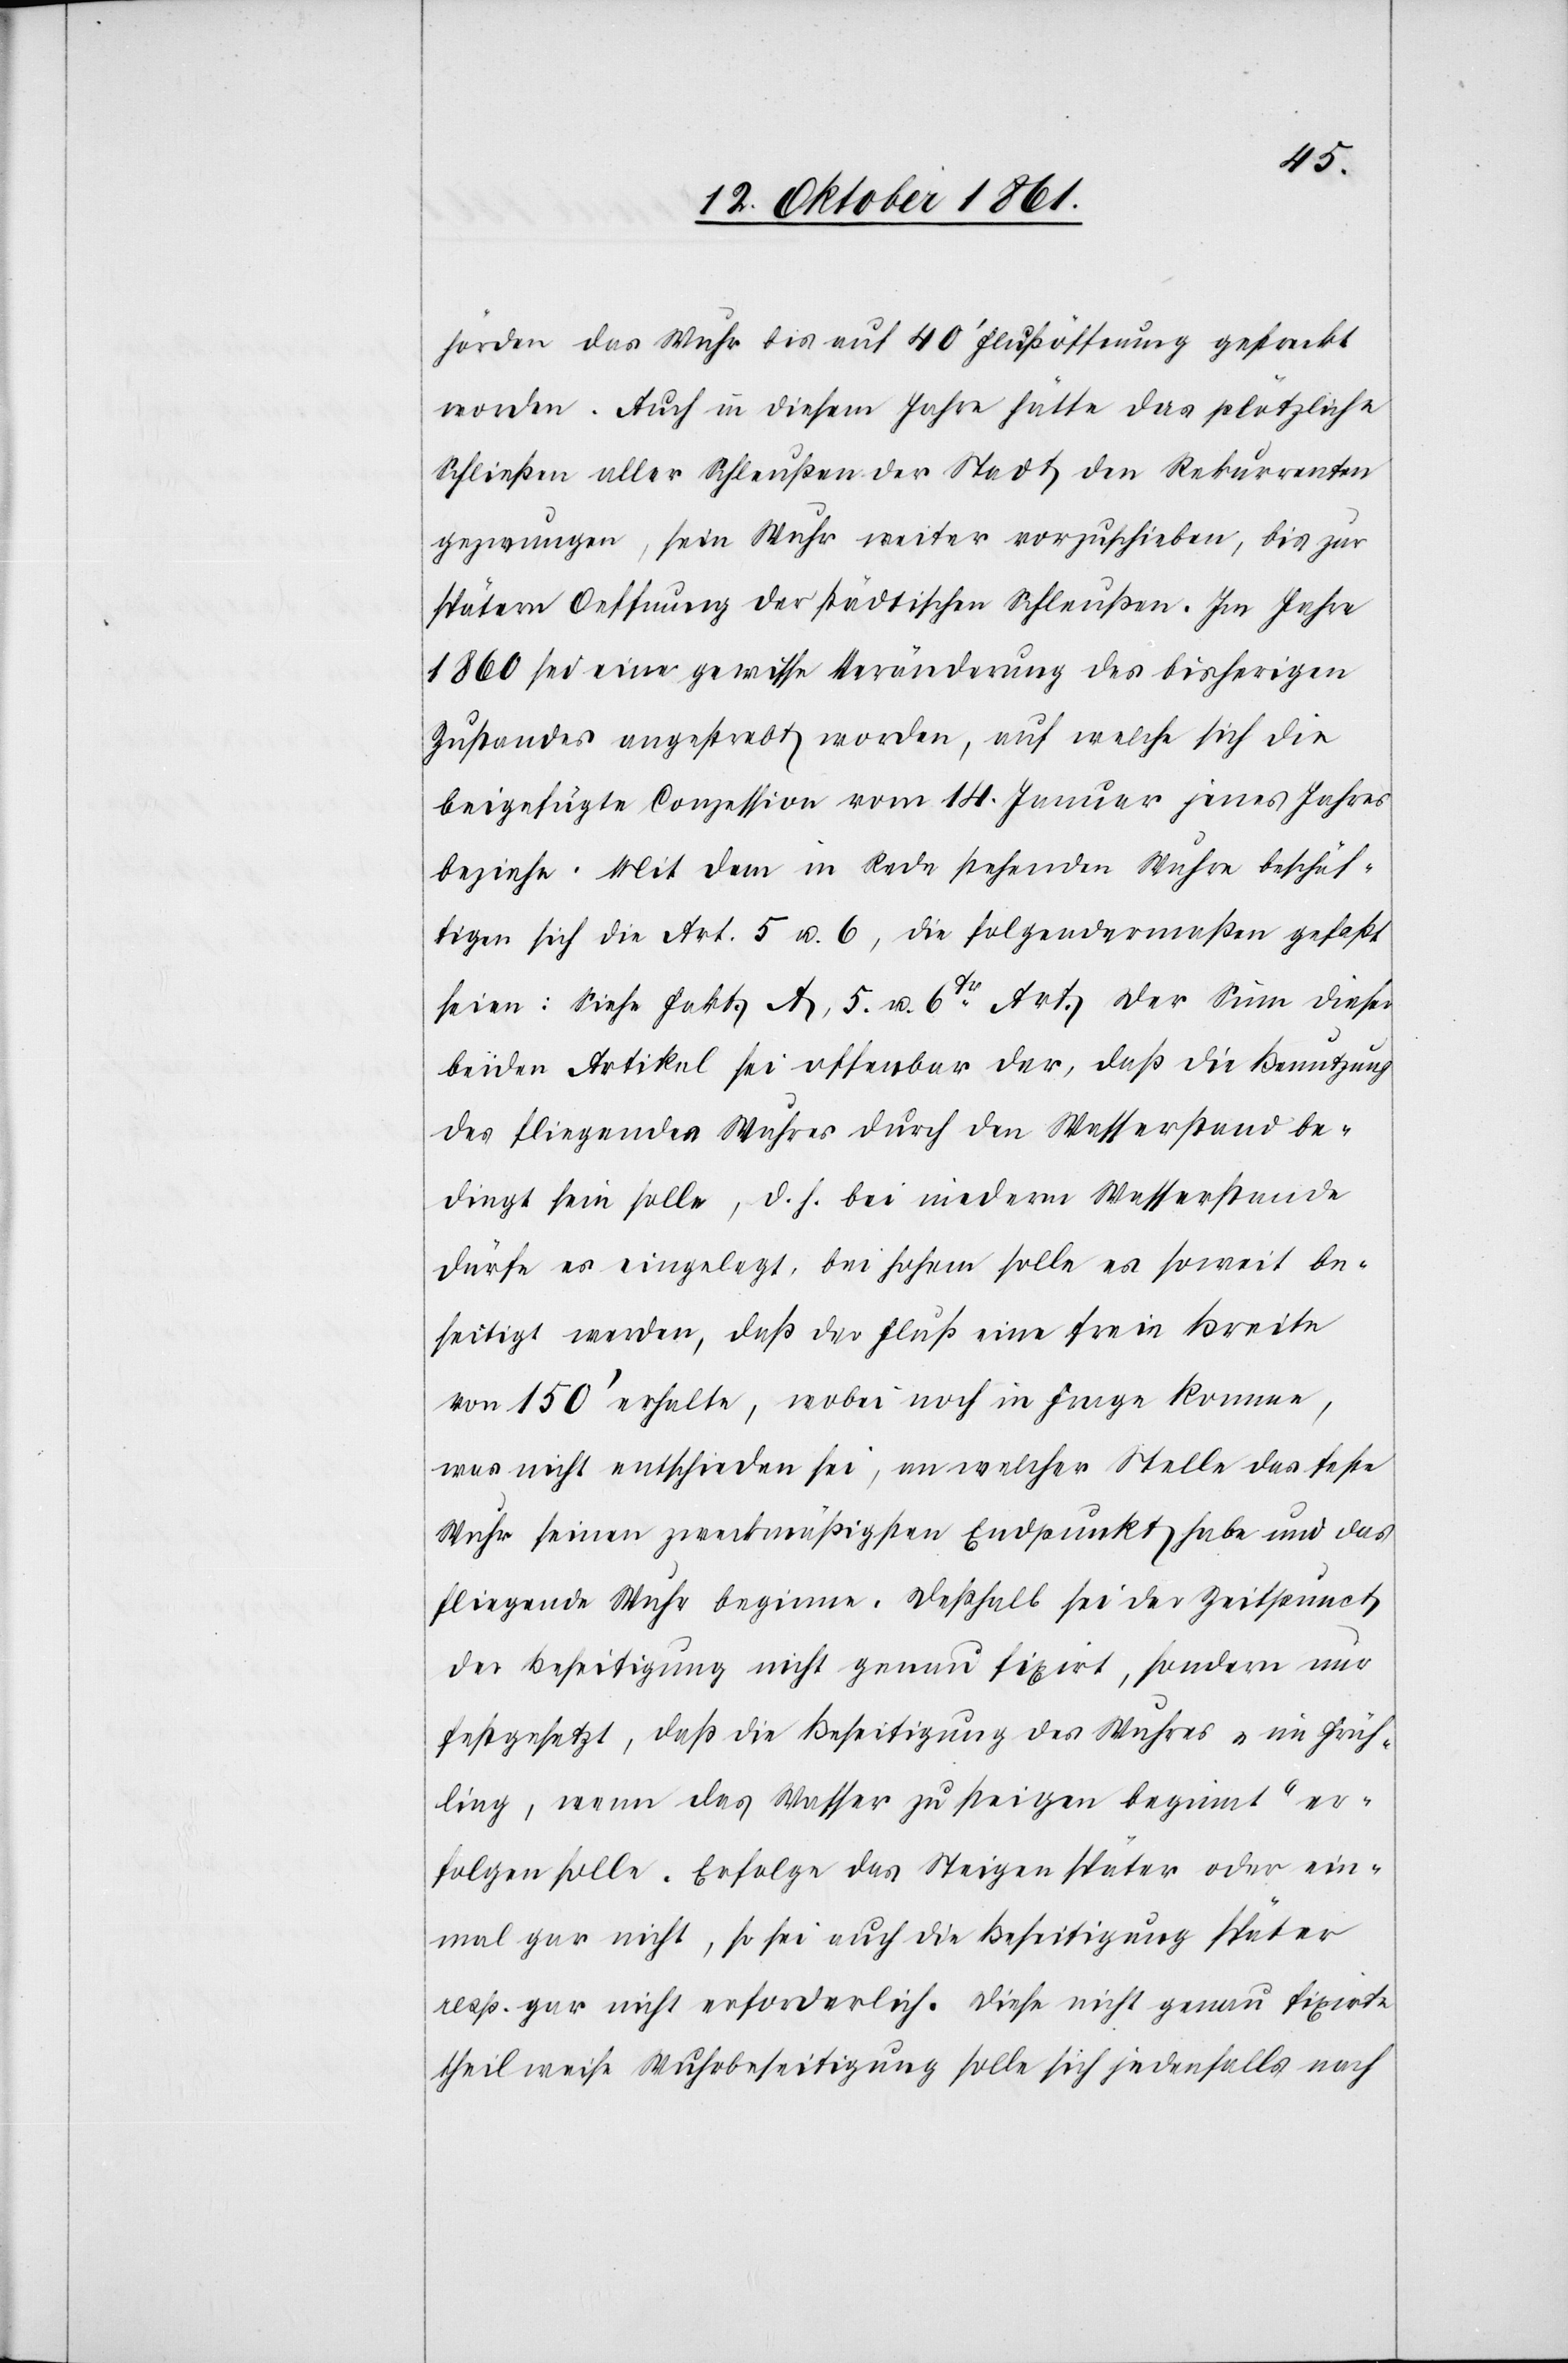
hörden das Wuhr bis auf 40’ Flußöffnung gesackt
worden. Auch in diesem Jahre hätte das plötzliche
Schließen aller Schleußen der Stadt den Rekurrenten
gezwungen, sein Wuhr weiter vorzuschieben, bis zur
spätern Oeffnung der städtischen Schleußen. Im Jahre
1860 sei eine gewisse Veränderung des bisherigen
Zustandes angestrebt worden, auf welche sich die
beigefügte Conzession vom 14 Januar jenes Jahres
beziehe. Mit dem in Rede stehenden Wuhre beschäf¬
tigen sich die Art. 5 u. 6, die folgendermaßen gefaßt
seien: siehe Fakt. A, 5 u. 6tr Art. Der Sinn dieser
beiden Artikel sei offenbar der, daß die Benutzung
des fliegenden Wuhres durch den Wasserstand be¬
dingt sein solle, d. h. bei niederm Wasserstande
dürfe es eingelegt, bei hohem solle es soweit be¬
seitigt werden, daß der Fluß eine freie Breite
von 150’ erhalte, wobei noch in Frage komme,
was nicht entschieden sei, an welcher Stelle das feste
Wuhr seinen zweckmäßigen Endpunkt habe und das
fliegende Wuhr beginne. Deßhalb sei der Zeitpunkt
der Beseitigung nicht genau fixirt, sondern nur
festgesetzt, daß die Beseitigung des Wuhres „im Früh¬
ling, wenn das Wasser zu steigen beginnt“ er¬
folgen sollte. Erfolge das Steigen später oder ein¬
mal gar nicht, so sei auch die Beseitigung später
resp. gar nicht erforderlich. Diese nicht genau fixirte
theilweise Wuhrbeseitigung solle sich jedenfalls nach